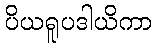
ပိယရူပဒါယိကာ